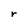
Character: r